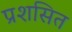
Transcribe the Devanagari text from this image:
प्रशसित